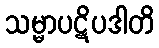
သမ္မာပဋိပဒါတိ